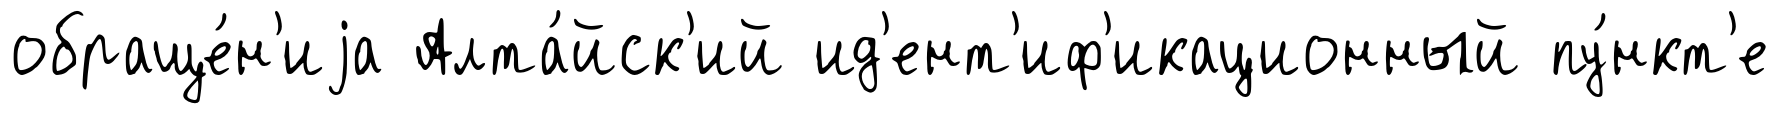
обраще́н'иjа Алта́йск'ий ид'ент'иф'икационный пу́нкт'е